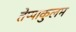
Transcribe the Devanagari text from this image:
तेप्पाकुलम